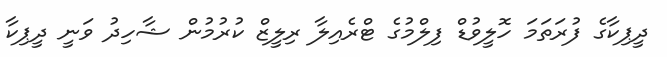
ދީޕިކާގެ ފުރަތަމަ ހޮލީވުޑް ފިލްމުގެ ޓްރެއިލާ ރިލީޒް ކުރުމުން ޝާހިދު ވަނީ ދީޕިކާ